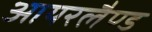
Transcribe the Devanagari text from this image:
आयरलैण्‍ड